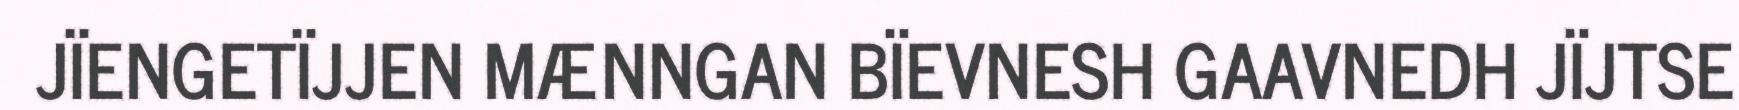
JÏENGETÏJJEN MÆNNGAN BÏEVNESH GAAVNEDH JÏJTSE